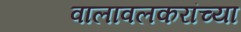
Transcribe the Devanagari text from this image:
वालावलकरांच्या